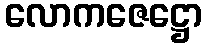
လောကဇေဋ္ဌော